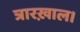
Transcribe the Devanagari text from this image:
त्रारख़ाल।